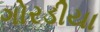
ગોરડીયા